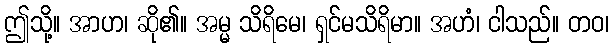
ဤသို့။ အာဟ၊ ဆို၏။ အမ္မ သိရိမေ၊ ရှင်မသိရိမာ။ အဟံ၊ ငါသည်။ တဝ၊